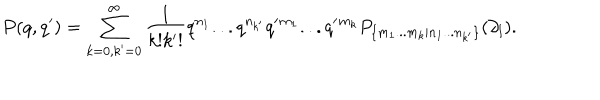
P ( q , q ^ { \prime } ) = \sum _ { k = 0 , k ^ { \prime } = 0 } ^ { \infty } \frac { 1 } { k ! k ^ { \prime } ! } q ^ { n _ { 1 } } . . . q ^ { n _ { k ^ { \prime } } } q ^ { \prime } { } ^ { m _ { 1 } } . . . q ^ { \prime } { } ^ { m _ { k } } P _ { \{ m _ { 1 } . . . m _ { k } | n _ { 1 } . . . n _ { k ^ { \prime } } \} } ( \partial _ { l } ) .